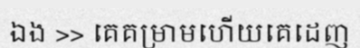
ឯង >> គេគម្រាមហើយគេដេញ